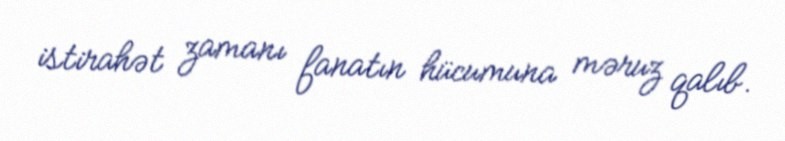
istirahət zamanı fanatın hücumuna məruz qalıb.